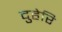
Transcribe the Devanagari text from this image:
दुहेरि